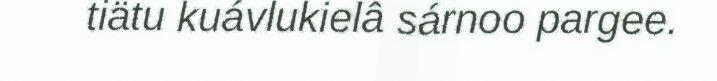
tiätu kuávlukielâ sárnoo pargee.